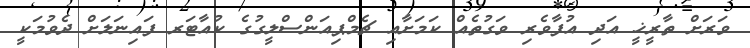
ވަރަށް ތާރީޚީ އަދި އުފާވެރި ވަގުތެއް ކަމަށާއި ޗެމްޕިއަންސްލީގުގެ ކުއާޓަރ ފައިނަލަށް ދެވުމަކީ